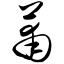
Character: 莆